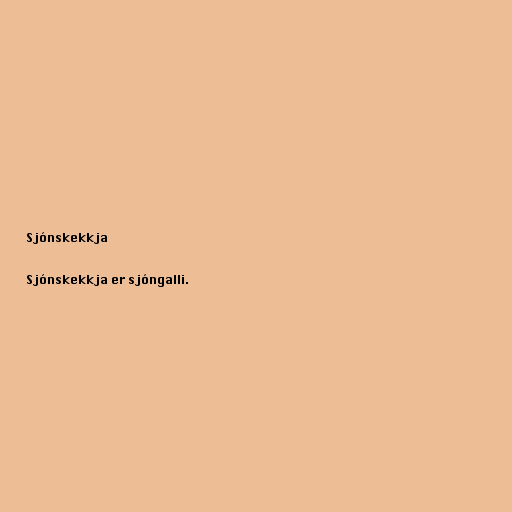
Sjónskekkja

Sjónskekkja er sjóngalli.